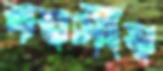
বয়সীয়